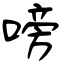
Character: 嗙